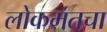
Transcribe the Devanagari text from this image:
लोकमतचा